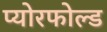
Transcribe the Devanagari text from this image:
प्योरफोल्ड